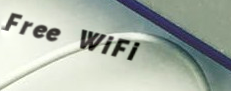
Free WiFi